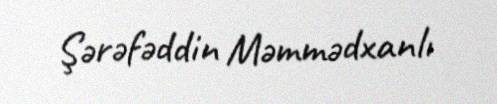
Şərəfəddin Məmmədxanlı